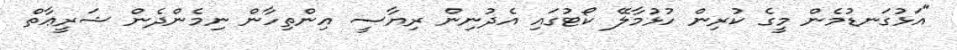
"އަޅުގަނޑުމެން މީގެ ކުރިން ހުޅުމާލޭ ކޯޓުގައި އެދުނިން ރިޔާސީ އިންތިހާން ނިމެންދެން ޝަރީޢާތް